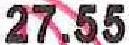
27.55